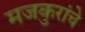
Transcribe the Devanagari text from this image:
मजकुरांचे